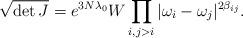
LaTeX: \begin{align*} \sqrt{\det J} = e^{3 N\lambda_{0} } W \prod_{i,j>i} |\omega_{i} - \omega_{j} |^{2\beta_{ij}}.\end{align*}